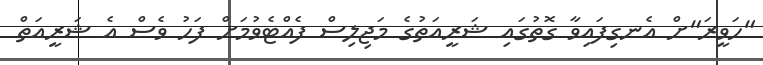
"ހަވީރަ"ށް އެނގިފައިވާ ގޮތުގައި ޝަރީއަތުގެ މަޖިލިސް ފެއްޓެވުމަށް ފަހު ވެސް އެ ޝަރީއަތް